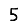
Digit: 5